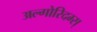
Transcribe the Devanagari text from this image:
अल्गोरिदम्स्